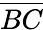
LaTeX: \overline{{BC}}